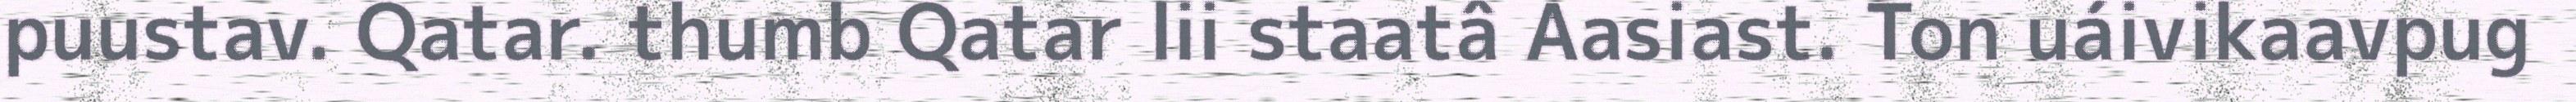
puustav. Qatar. thumb Qatar lii staatâ Aasiast. Ton uáivikaavpug